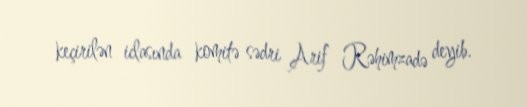
keçirilən iclasında komitə sədri Arif Rəhimzadə deyib.